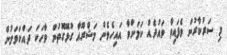
މި ސަރުކާރުން ވެފައިވާ ވައުދެއް ކަމަށްވާ އައިހެވެން މަޝްރޫއާ ގުޅޭގޮތުން ވާހަކަ ދައްކަވަމުން